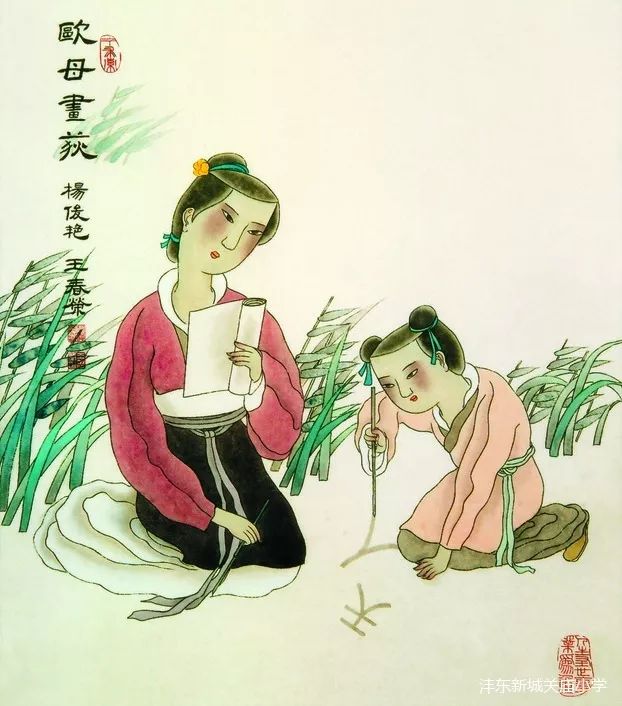
青春须早为，岂能长少年。